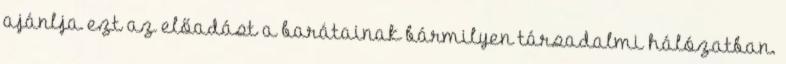
ajánlja ezt az előadást a barátainak bármilyen társadalmi hálózatban.